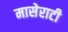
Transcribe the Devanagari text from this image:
मासेराटी